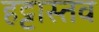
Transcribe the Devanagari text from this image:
हट्टास्तव